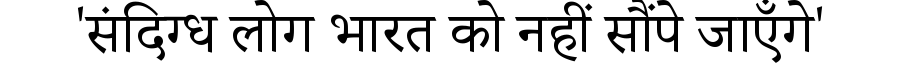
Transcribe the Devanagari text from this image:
'संदिग्ध लोग भारत को नहीं सौंपे जाएँगे'